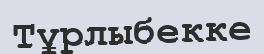
Тұрлыбекке